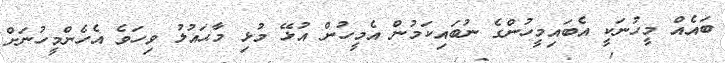
ބައެއް މީހުނަކީ އެބައިމީހުންގެ ނުބައިކަމުން އެމީހުން އުޅޭ މުޅި މާޙައުލު ވިހަވެ އެހެންމީހުނަށް